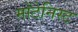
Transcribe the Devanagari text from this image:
मोंटेनिस्ट